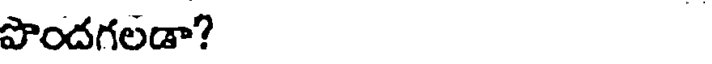
పొందగలడా?